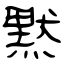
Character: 黙